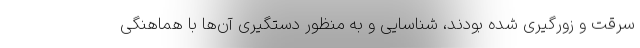
سرقت و زورگیری شده بودند، شناسایی و به منظور دستگیری آن‌ها با هماهنگی